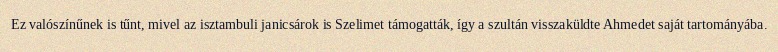
Ez valószínűnek is tűnt, mivel az isztambuli janicsárok is Szelimet támogatták, így a szultán visszaküldte Ahmedet saját tartományába.